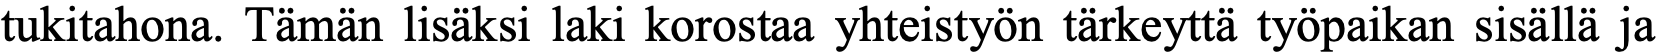
tukitahona. Tämän lisäksi laki korostaa yhteistyön tärkeyttä työpaikan sisällä ja